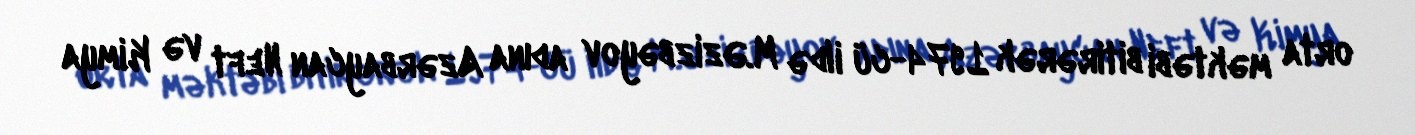
orta məktəbi bitirərək 1974-cü ildə M.Əzizbəyov adına Azərbaycan Neft və Kimya